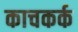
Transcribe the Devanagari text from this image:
काचकर्क